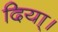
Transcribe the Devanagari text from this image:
दिया्।